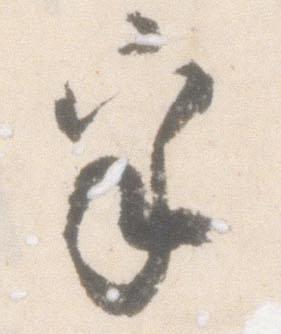
乎